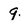
Character: 9